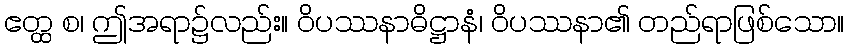
ဧတ္ထ စ၊ ဤအရာ၌လည်း။ ဝိပဿနာဓိဋ္ဌာနံ၊ ဝိပဿနာ၏ တည်ရာဖြစ်သော။